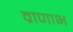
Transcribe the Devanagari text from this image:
व्राणाभ